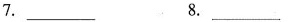
7. ___ 8. ___